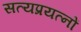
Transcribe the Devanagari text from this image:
सत्यप्रयत्नों